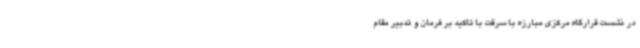
در نشست قرارگاه مرکزی مبارزه با سرقت با تاکید بر فرمان و تدبیر مقام